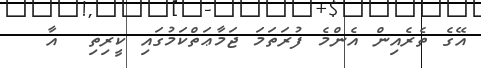
އޭގެ ތެރެއިން އެންމެ ފުރަތަމަ ޖަމާޢަތްކަމުގައި ކީރިތި  އާ